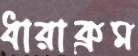
ধারাক্রম